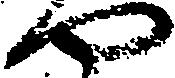
や